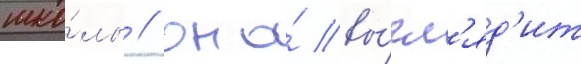
шко́лы / она́ вы́гл'яд'ит